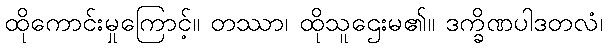
ထိုကောင်းမှုကြောင့်။ တဿာ၊ ထိုသူဌေးမ၏။ ဒက္ခိဏပါဒတလံ၊